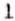
1